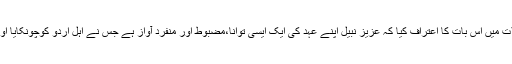
مقالہ نگاران نے اپنے مقالات میں اس بات کا اعتراف کیا کہ عزیز نبیل اپنے عہد کی ایک ایسی توانا،مضبوط اور منفرد آواز ہے جس نے اہل اردو کوچونکایا اور اپنی جانب متوجہ کیاہے۔